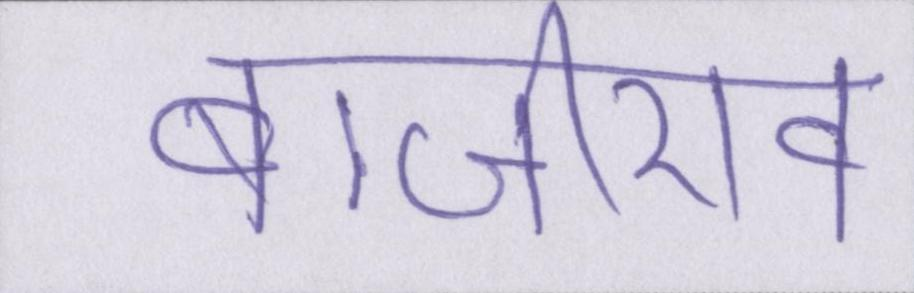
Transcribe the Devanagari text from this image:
बाजीराव